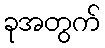
ခုအတွက်